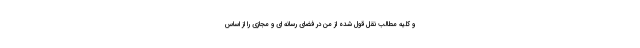
و کلیه مطالب نقل قول شده از من در فضای رسانه ای و مجازی را از اساس